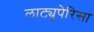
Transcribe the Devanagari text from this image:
लाट्युपेरिसा